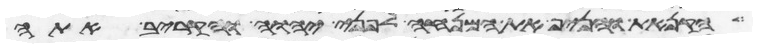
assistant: הקנאת והניף את המנחה לפני יהוה והקריב אתה